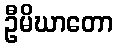
ဦမိဃာတော